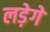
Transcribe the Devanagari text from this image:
लड़ेगे